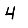
Digit: 4